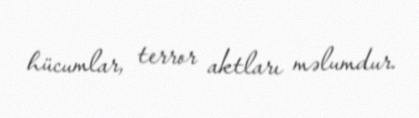
hücumlar, terror aktları məlumdur.